Indian journal of veterinary science and animal husbandry - Volumes 24-25, 1954-1955
Year: 1954
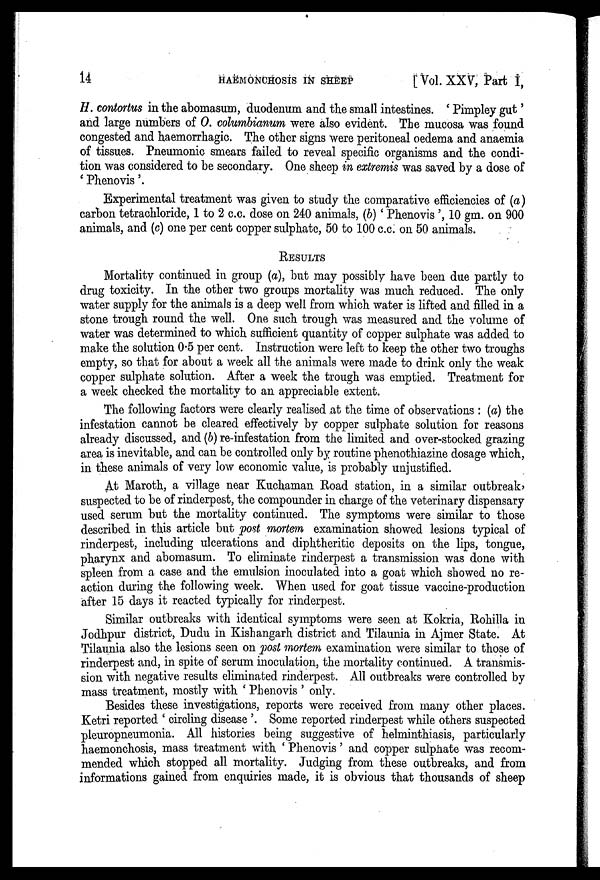
14
HAEMONCHOSIS
IN
SHEEP
[Vol. XXV, Part I,
H. contortus in the abomasum, duodenum and the small intestines. 'Pimpley gut'
and large numbers of O. columbianum were also evident. The mucosa was found
congested and haemorrhagic. The other signs were peritoneal oedema and anaemia
of tissues. Pneumonic smears failed to reveal specific organisms and the condi-
tion was considered to be secondary. One sheep in extremis was saved by a dose of
'Phenovis'.
Experimental treatment was given to study the comparative efficiencies of (a)
carbon tetrachloride, 1 to 2 c.c. dose on 240 animals, (b) 'Phenovis ', 10 gm. on 900
animals, and (c) one per cent copper sulphate, 50 to 100 c.c. on 50 animals.
RESULTS
Mortality continued in group (a), but may possibly have been due partly to
drug toxicity. In the other two groups mortality was much reduced. The only
water supply for the animals is a deep well from which water is lifted and filled in a
stone trough round the well. One such trough was measured and the volume of
water was determined to which sufficient quantity of copper sulphate was added to
make the solution 0.5 per cent. Instruction were left to keep the other two troughs
empty, so that for about a week all the animals were made to drink only the weak
copper sulphate solution. After a week the trough was emptied. Treatment for
a week checked the mortality to an appreciable extent.
The following factors were clearly realised at the time of observations : (a) the
infestation cannot be cleared effectively by copper sulphate solution for reasons
already discussed, and (b) re-infestation from the limited and over-stocked grazing
area is inevitable, and can be controlled only by routine phenothiazine dosage which,
in these animals of very low economic value, is probably unjustified.
At Maroth, a village near Kuchaman Road station, in a similar outbreak,
suspected to be of rinderpest, the compounder in charge of the veterinary dispensary
used serum but the mortality continued. The symptoms were similar to those
described in this article but post mortem examination showed lesions typical of
rinderpest, including ulcerations and diphtheritic deposits on the lips, tongue,
pharynx and abomasum. To eliminate rinderpest a transmission was done with
spleen from a case and the emulsion inoculated into a goat which showed no re-
action during the following week. When used for goat tissue vaccine-production
after 15 days it reacted typically for rinderpest.
Similar outbreaks with identical symptoms were seen at Kokria, Rohilla in
Jodhpur district, Dudu in Kishangarh district and Tilaunia in Ajmer State. At
Tilaunia also the lesions seen on post mortem examination were similar to those of
rinderpest and, in spite of serum inoculation, the mortality continued. A transmis-
sion with negative results eliminated rinderpest. All outbreaks were controlled by
mass treatment, mostly with ' Phenovis ' only.
Besides these investigations, reports were received from many other places.
Ketri reported ' circling disease '. Some reported rinderpest while others suspected
pleuropneumonia. All histories being suggestive of helminthiasis, particularly
haemonchosis, mass treatment with ' Phenovis' and copper sulphate was recom-
mended which stopped all mortality. Judging from these outbreaks, and from
informations gained from enquiries made, it is obvious that thousands of sheep